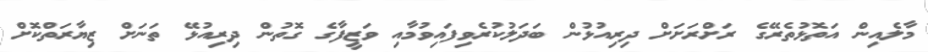
މާލެއިން އަތޮޅުތެރޭގެ ރަށްރަށަށް ދިރިއުޅުން ބަދަލުކުރެވިފައިވުމާއި ވަޒީފާގެ ގޮތުން ދިރިއުޅޭ ތަނަށް ޒިޔާރަތްކޮށް